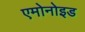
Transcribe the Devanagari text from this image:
एमोनोइड